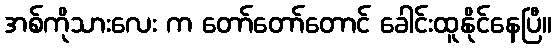
အစ်ကိုသားလေး က တော်တော်တောင် ခေါင်းထူနိုင်နေပြီ။